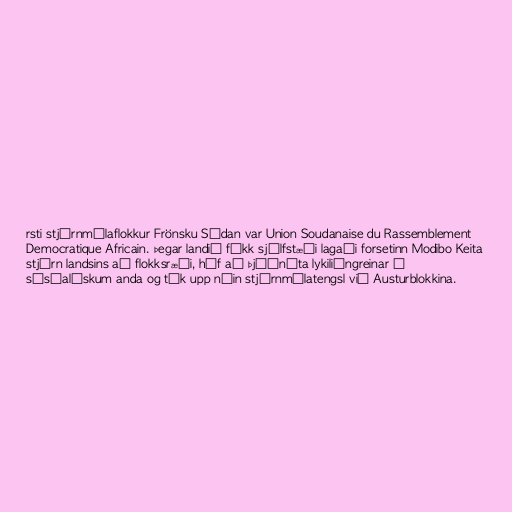
rsti stjórnmálaflokkur Frönsku Súdan var Union Soudanaise du Rassemblement
Democratique Africain. Þegar landið fékk sjálfstæði lagaði forsetinn Modibo Keita
stjórn landsins að flokksræði, hóf að þjóðnýta lykiliðngreinar í
sósíalískum anda og tók upp náin stjórnmálatengsl við Austurblokkina.